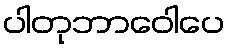
ပါတုဘာဝေါပေ